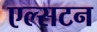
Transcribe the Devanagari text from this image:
एल्सटन